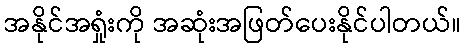
အနိုင်အရှုံးကို အဆုံးအဖြတ်ပေးနိုင်ပါတယ်။